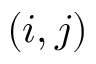
( i , j )